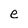
Character: e